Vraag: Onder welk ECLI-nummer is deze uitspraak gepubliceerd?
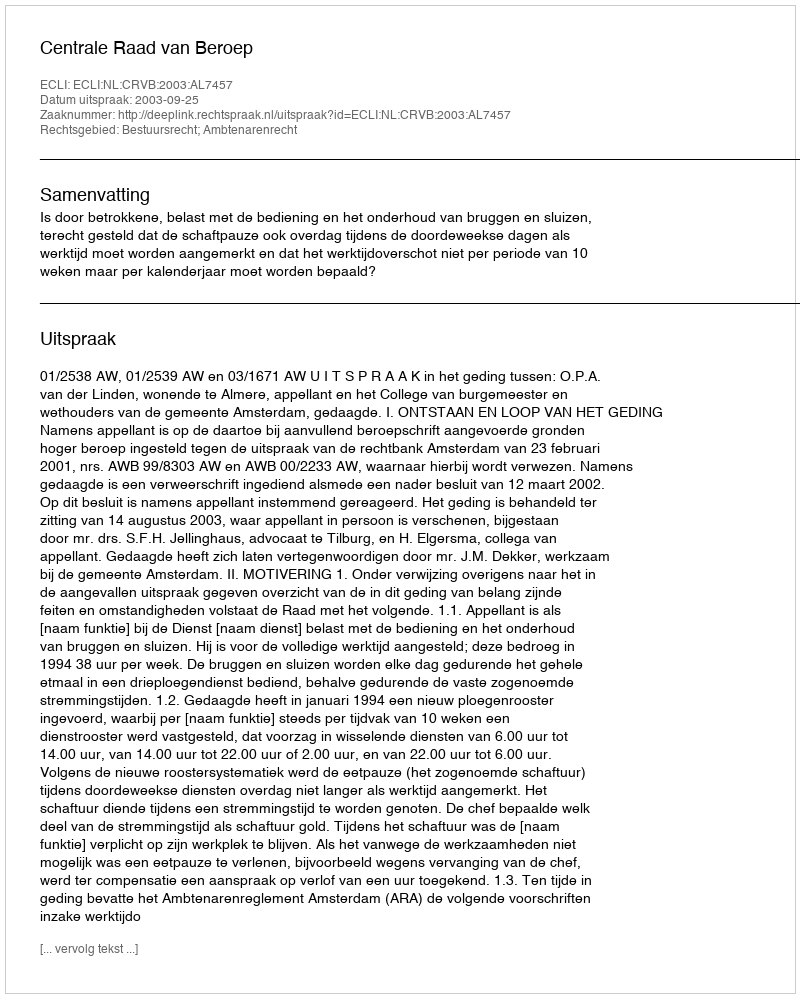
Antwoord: ECLI:NL:CRVB:2003:AL7457